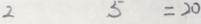
2 5 = 2 0